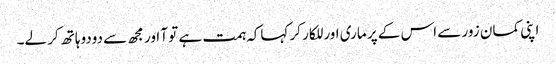
اپنی کمان زور سے اس کے پر ماری اور للکار کر کہاکہ ہمت ہے تو آ اور مجھ سے دودوہاتھ کر لے۔